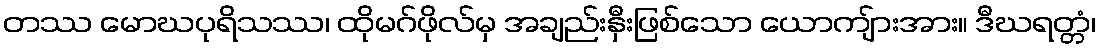
တဿ မောဃပုရိသဿ၊ ထိုမဂ်ဖိုလ်မှ အချည်းနှီးဖြစ်သော ယောကျ်ားအား။ ဒီဃရတ္တံ၊